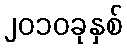
၂၀၁၀ခုနှစ်